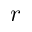
r